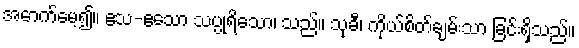
အောက်မေ့၍။ ဧသ-ဧသော သပ္ပုရိသော၊ သည်။ သုခီ၊ ကိုယ်စိတ်ချမ်းသာ ခြင်းရှိသည်။